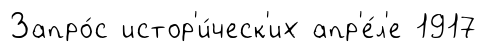
Запро́с истор'и́ческ'их апр'е́л'е 1917